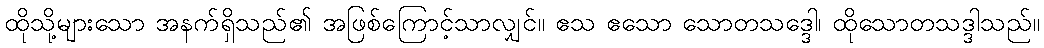
ထိုသို့များသော အနက်ရှိသည်၏ အဖြစ်ကြောင့်သာလျှင်။ ဧသ ဧသော သောတသဒ္ဒေါ၊ ထိုသောတသဒ္ဒါသည်။